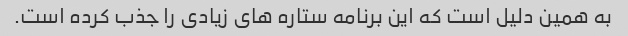
به همین دلیل است که این برنامه ستاره های زیادی را جذب کرده است.